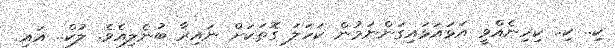
ކި.. ކި.. ކިހިނެއްވީ އަޅައަޅައިގަންނަމުން ކަހަލަ ގޮތަކަށް ނައިރާ ބުނެލިއެވެ. ލުކް.. އައި